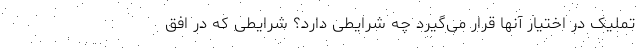
تملیک در اختیار آنها قرار می‌گیرد چه شرایطی دارد؟ شرایطی که در افق